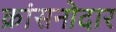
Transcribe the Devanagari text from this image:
क्रांसनोदार